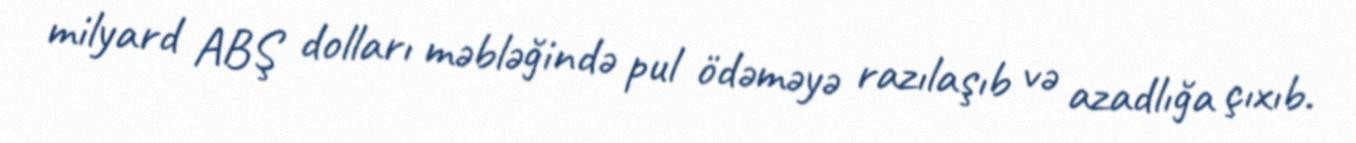
milyard ABŞ dolları məbləğində pul ödəməyə razılaşıb və azadlığa çıxıb.